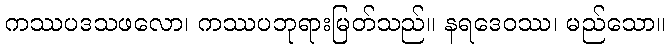
ကဿပဒသဖလော၊ ကဿပဘုရားမြတ်သည်။ နရဒေဝဿ၊ မည်သော။